Report on plague and inoculation in the Punjab from October 1st ... to September 30th..., being the ... season of plague in the province
Disease focus: Plague
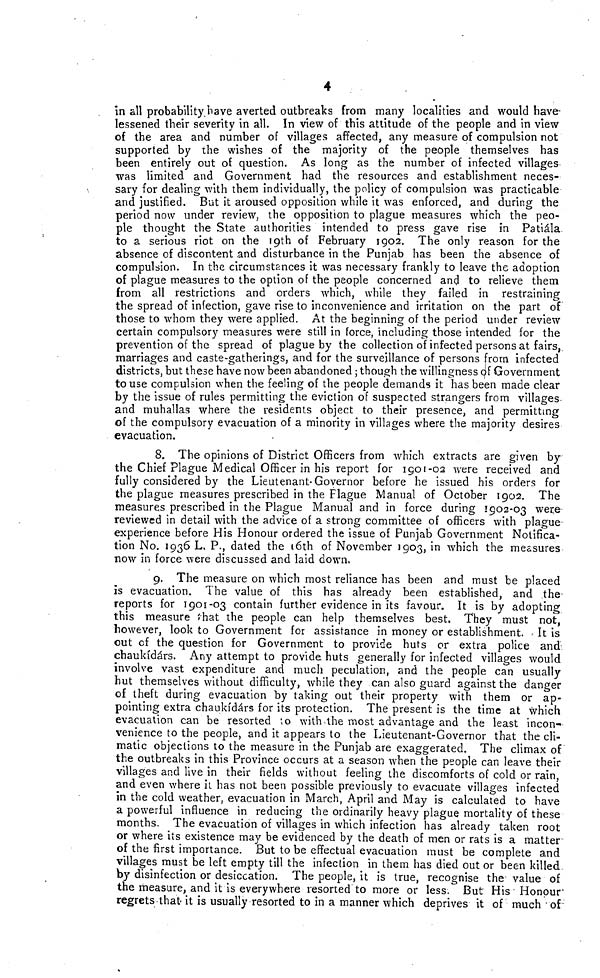
4
in all probability, have averted outbreaks from many localities and would have
lessened their severity in all. In view of this attitude of the people and in view
of the area and number of villages affected, any measure of compulsion not
supported by the wishes of the majority of the people themselves has
been entirely out of question. As long as the number of infected villages
was limited and Government had the resources and establishment neces-
sary for dealing with them individually, the policy of compulsion was practicable
and justified. But it aroused opposition while it was enforced, and during the
period now under review, the opposition to plague measures which the peo-
ple thought the State authorities intended to press gave rise in Patiála.
to a serious riot on the 19th of February 1902. The only reason for the
absence of discontent and disturbance in the Punjab has been the absence of
compulsion. In the circumstances it was necessary frankly to leave the adoption
of plague measures to the option of the people concerned and to relieve them
from all restrictions and orders which, while they failed in restraining
the spread of infection, gave rise to inconvenience and irritation on the part of
those to whom they were applied. At the beginning of the period under review
certain compulsory measures were still in force, including those intended for the
prevention of the spread of plague by the collection of infected persons at fairs,
marriages and caste-gatherings, and for the surveillance of persons from infected
districts, but these have now been abandoned ; though the willingness of Government
to use compulsion when the feeling of the people demands it has been made clear
by the issue of rules permitting the eviction of suspected strangers from villages-
and muhallas where the residents object to their presence, and permitting
of the compulsory evacuation of a minority in villages where the majority desires
evacuation.
8. The opinions of District Officers from which extracts are given by
the Chief Plague Medical Officer in his report for 1901-02 were received and
fully considered by the Lieutenant-Governor before he issued his orders for
the plague measures prescribed in the Flague Manual of October 1902. The
measures prescribed in the Plague Manual and in force during 1902-03 were
reviewed in detail with the advice of a strong committee of officers with plague-
experience before His Honour ordered the issue of Punjab Government Notifica-
tion No. 1936 L. P., dated the 16th of November 1903, in which the measures
now in force were discussed and laid down.
9. The measure on which most reliance has been and must be placed
is evacuation. The value of this has already been established, and the-
reports for 1901-03 contain further evidence in its favour. It is by adopting
this measure »hat the people can help themselves best. They must not,
however, look to Government for assistance in money or establishment. It is
out of the question for Government to provide huts or extra police and
chaukídárs. Any attempt to provide huts generally for infected villages would
involve vast expenditure and much peculation, and the people can usually
hut themselves without difficulty, while they can also guard against the danger
of theft during evacuation by taking out their property with them or ap-
pointing extra chaukídárs for its protection. The present is the time at which
evacuation can be resorted to with the most advantage and the least incon-
venience to the people, and it appears to the Lieutenant-Governor that the cli-
matic objections to the measure in the Punjab are exaggerated. The climax of
the outbreaks in this Province occurs at a season when the people can leave their
villages and live in their fields without feeling the discomforts of cold or rain,
and even where il has not been possible previously to evacuate villages infected
in the cold weather, evacuation in March, April and May is calculated to have
a powerful influence in reducing the ordinarily heavy plague mortality of these
months. The evacuation of villages in which infection has already taken root
or where its existence may be evidenced by the death of men or rats is a matter
of the first importance. But to be effectual evacuation must be complete and
villages must be left empty till the infection in them has died out or been killed
by disinfection or desiccation. The people, it is true, recognise the value of
the measure, and it is everywhere resorted to more or less. But His Honour
regrets that it is usually resorted to in a manner which deprives it of much of